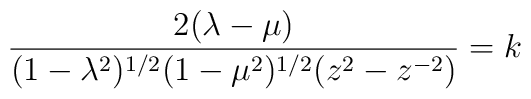
\frac{2 (\lambda - \mu)}{(1-\lambda^2)^{1/2}(1-\mu^2)^{1/2}(z^2 - z^{-2})} = k